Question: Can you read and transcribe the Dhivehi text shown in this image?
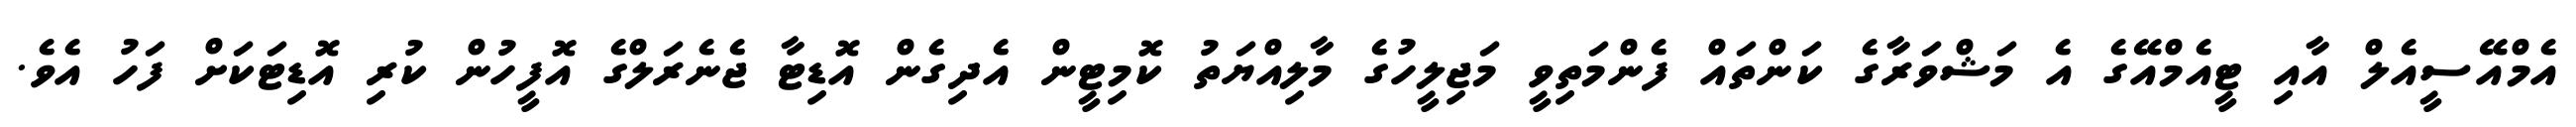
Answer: އެމްއޭސީއެލް އާއި ޓީއެމްއޭގެ އެ މަޝްވަރާގެ ކަންތައް ފެންމަތިވީ މަޖިލީހުގެ މާލިއްޔަތު ކޮމިޓީން އެދިގެން އޮޑިޓާ ޖެނެރަލްގެ އޮފީހުން ކުރި އޮޑިޓަކަށް ފަހު އެވެ.